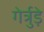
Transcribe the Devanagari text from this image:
गेर्त्रुड़े